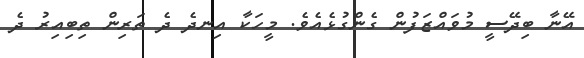
އޭނާ ބިދޭސީ މުވައްޒަފުން ގެންގުޅެއެވެ. މީހަކާ އިނދެ ދެ ތަރިން ތިބިއިރު ދެ